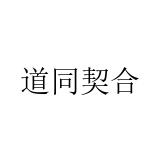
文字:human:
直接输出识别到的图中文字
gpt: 道同契合